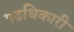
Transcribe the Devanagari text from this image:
पदधिकारी